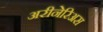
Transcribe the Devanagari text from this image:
अरीनेरिअस